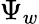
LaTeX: \Psi_{w}